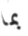
بما